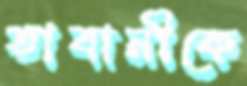
তাবানীকে